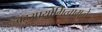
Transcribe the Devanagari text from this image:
बहुउपयोगित्वामुळे